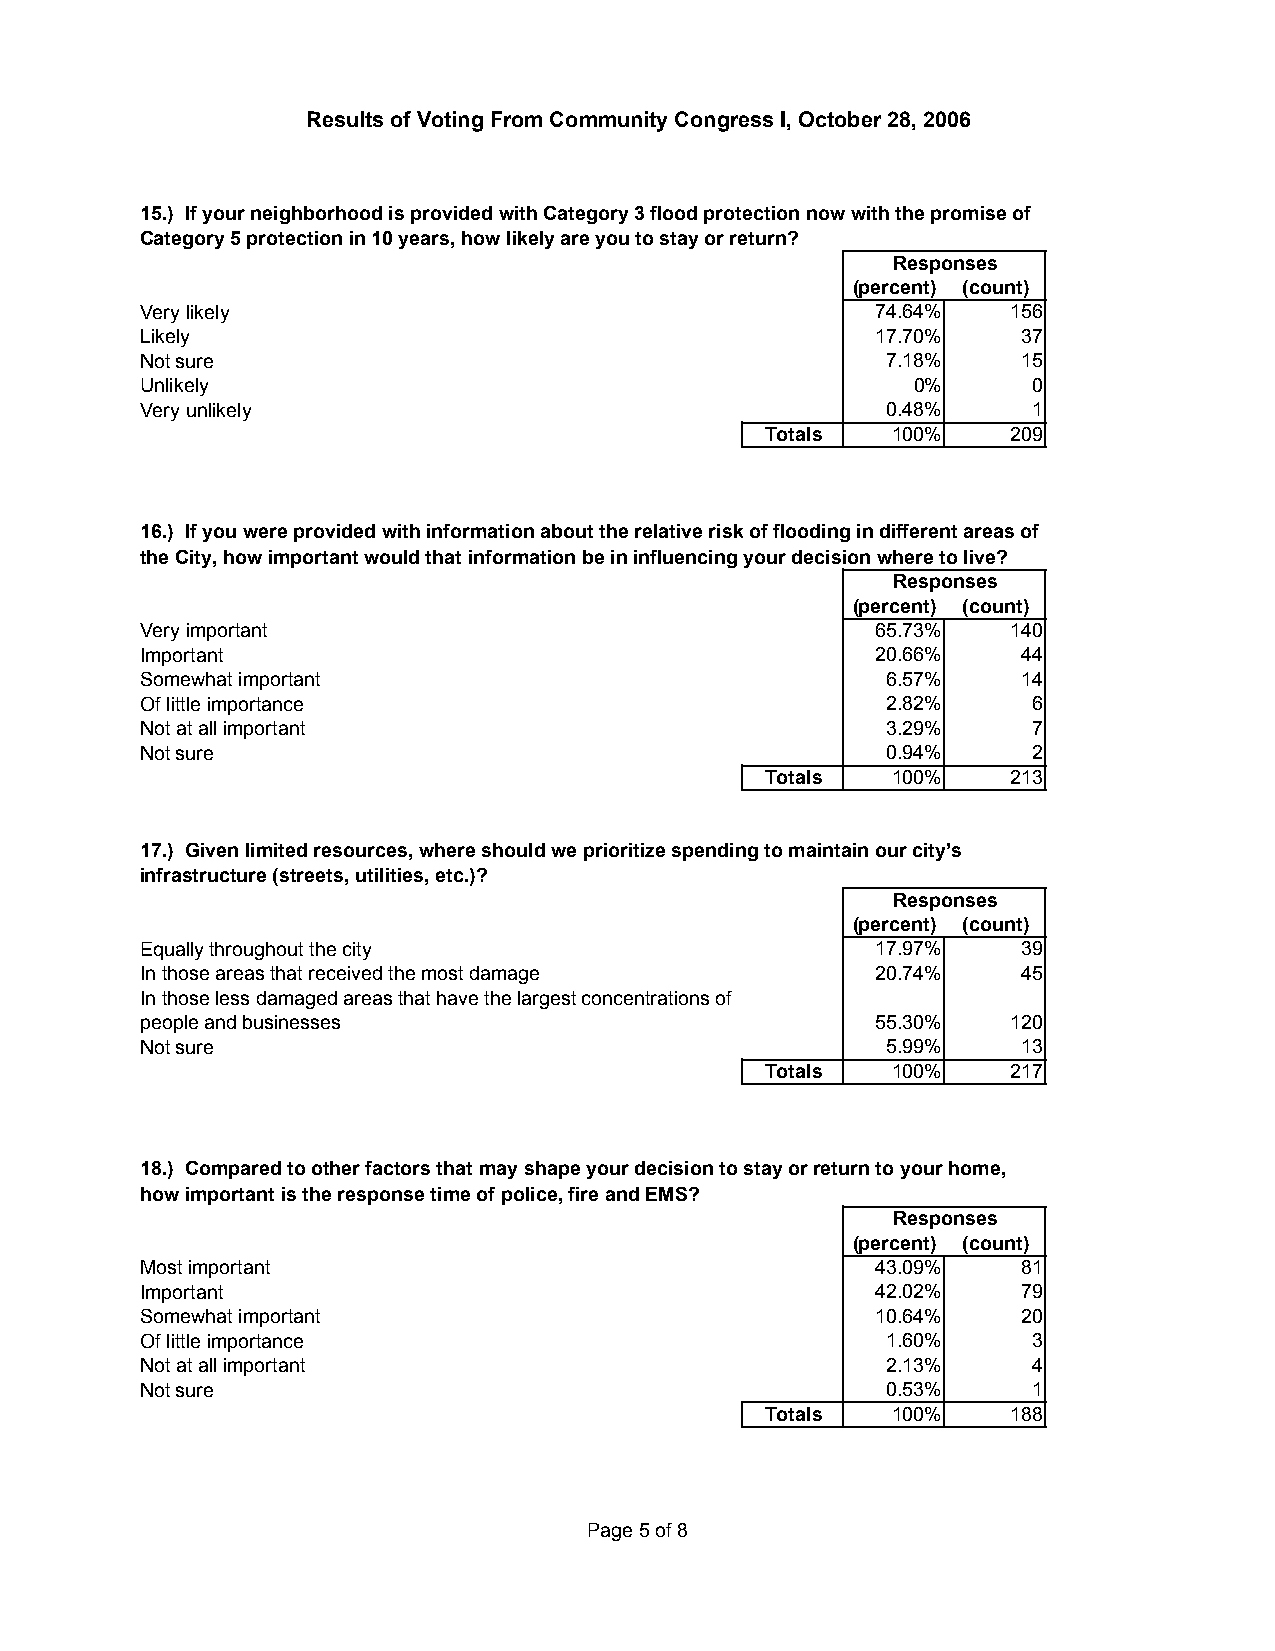
Results of Voting From Community Congress I, October 28, 2006
 15.) If your neighborhood is provided with Category 3 flood protection now with the promise of
 Category 5 protection in 10 years, how likely are you to stay or return?
 Responses
 (percent) (count)
 Very likely                                      74.64%   156
 Likely                                           17.70%    37
 Not sure                                          7.18%    15
 Unlikely                                           0%      0
 Very unlikely                                     0.48%    1
 Totals  100%    209
 16.) If you were provided with information about the relative risk of flooding in different areas of
 the City, how important would that information be in influencing your decision where to live?
 Responses
 (percent) (count)
 Very important                                   65.73%   140
 Important                                        20.66%    44
 Somewhat important                                6.57%    14
 Of little importance                              2.82%    6
 Not at all important                              3.29%    7
 Not sure                                          0.94%    2
 Totals  100%    213
 17.) Given limited resources, where should we prioritize spending to maintain our city’s
 infrastructure (streets, utilities, etc.)?
 Responses
 (percent) (count)
 Equally throughout the city                      17.97%    39
 In those areas that received the most damage     20.74%    45
 In those less damaged areas that have the largest concentrations of
 people and businesses                            55.30%   120
 Not sure                                          5.99%    13
 Totals  100%    217
 18.) Compared to other factors that may shape your decision to stay or return to your home,
 how important is the response time of police, fire and EMS?
 Responses
 (percent) (count)
 Most important                                   43.09%    81
 Important                                        42.02%    79
 Somewhat important                               10.64%    20
 Of little importance                              1.60%    3
 Not at all important                              2.13%    4
 Not sure                                          0.53%    1
 Totals  100%    188
 Page 5 of 8